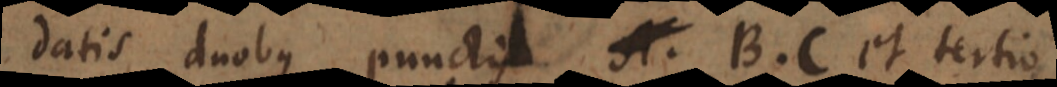
datis duobus punctis B, C et tertio